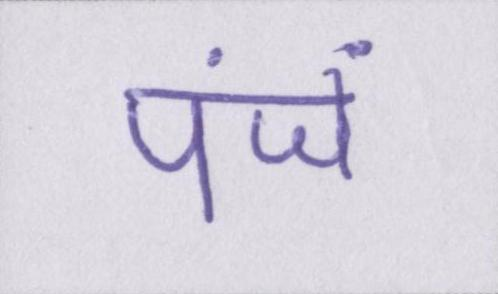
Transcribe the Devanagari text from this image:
पंजें